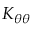
K _ { \theta \theta }